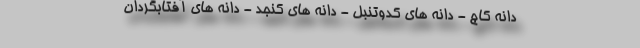
دانه کاج - دانه های کدوتنبل - دانه های کنجد - دانه های آفتابگردان